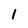
Character: i